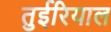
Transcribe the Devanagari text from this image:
तुईरियाल